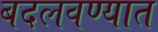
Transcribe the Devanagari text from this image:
बदलवण्यात